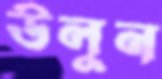
উলুন